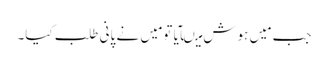
جب مَیں ہوش میںآیا تو مَیں نے پانی طلب کیا۔